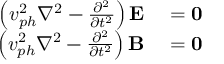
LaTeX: \begin{array} { r l } { \left( v _ { p h } ^ { 2 } \nabla ^ { 2 } - { \frac { \partial ^ { 2 } } { \partial t ^ { 2 } } } \right) \mathbf { E } } & { { } = \mathbf { 0 } } \\ { \left( v _ { p h } ^ { 2 } \nabla ^ { 2 } - { \frac { \partial ^ { 2 } } { \partial t ^ { 2 } } } \right) \mathbf { B } } & { { } = \mathbf { 0 } } \end{array}